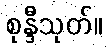
စုန္ဒီသုတ်။